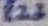
Text: R23